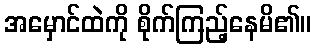
အမှောင်ထဲကို စိုက်ကြည့်နေမိ၏။